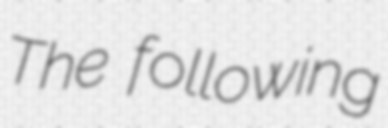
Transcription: The following